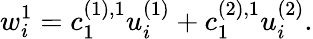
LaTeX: w_{i}^{1}=c_{1}^{(1),1}u_{i}^{(1)}+c_{1}^{(2),1}u_{i}^{(2)}.